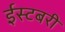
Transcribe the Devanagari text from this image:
ईस्टबरी